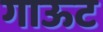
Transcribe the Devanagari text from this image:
गाऊट